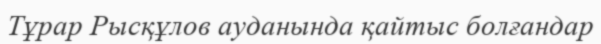
Тұрар Рысқұлов ауданында қайтыс болғандар